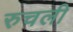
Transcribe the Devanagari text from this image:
रुचली